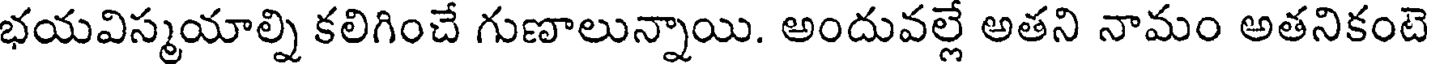
భయవిస్మయాల్ని కలిగించే గుణాలున్నాయి. అందువల్లే అతని నామం అతనికంటె